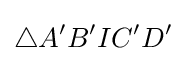
\triangle A'B'IC'D'